Insane asylums Bombay 1873-77 - 1873-1877
Year: 1873
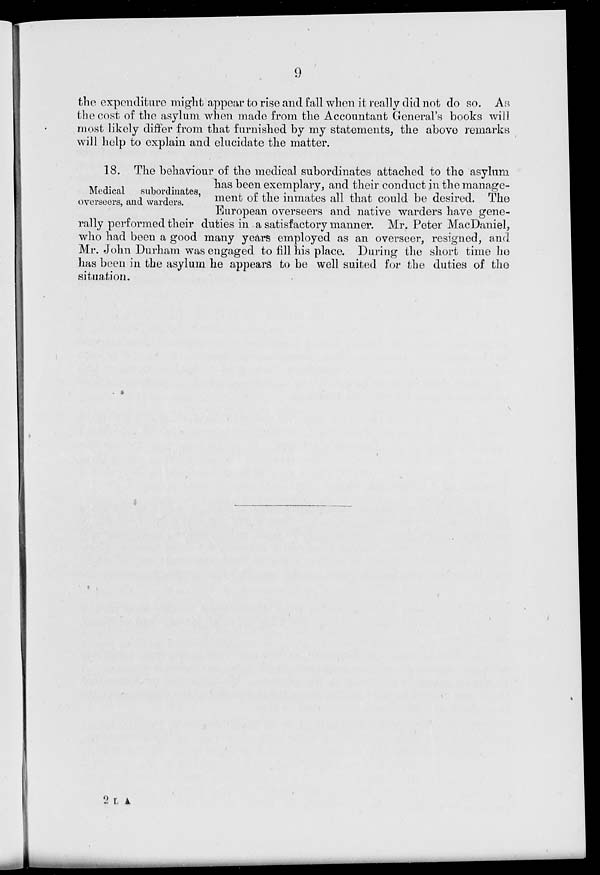
9
the expenditure might appear to rise and fall when it really did not do so. As
the cost of the asylum when made from the Accountant General's books will
most likely differ from that furnished by my statements, the above remarks
will help to explain and elucidate the matter.
Medical
subordinates,
overseers, and warders.
18. The behaviour of the medical subordinates attached to the asylum
has been exemplary, and their conduct in the manage-
ment of the inmates all that could be desired. The
European overseers and native warders have gene-
rally performed their duties in a satisfactory manner. Mr. Peter MacDaniel,
who had been a good many years employed as an overseer, resigned, and
Mr. John Durham was engaged to fill his place. During the short time he
has been in the asylum he appears to be well suited for the duties of the
situation.
2 L A